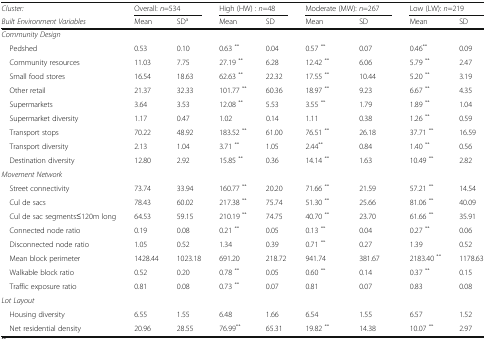
<table><thead><tr><td><b><i>Cluster:</i></b></td><td colspan="2"><b>Overall: <i>n</i>=534</b></td><td colspan="2"><b>High (HW) : <i>n</i>=48</b></td><td colspan="2"><b>Moderate (MW): <i>n</i>=267</b></td><td colspan="2"><b>Low (LW): <i>n</i>=219</b></td></tr><tr><td><b><i>Built Environment Variables</i></b></td><td><b>Mean</b></td><td><b>SD<sup>a</sup></b></td><td><b>Mean</b></td><td><b>SD</b></td><td><b>Mean</b></td><td><b>SD</b></td><td><b>Mean</b></td><td><b>SD</b></td></tr></thead><tbody><tr><td colspan="9"><i>Community Design</i></td></tr><tr><td> Pedshed</td><td>0.53</td><td>0.10</td><td>0.63 <sup>**</sup></td><td>0.04</td><td>0.57 <sup>**</sup></td><td>0.07</td><td>0.46<sup>**</sup></td><td>0.09</td></tr><tr><td> Community resources</td><td>11.03</td><td>7.75</td><td>27.19 <sup>**</sup></td><td>6.28</td><td>12.42 <sup>**</sup></td><td>6.06</td><td>5.79 <sup>**</sup></td><td>2.47</td></tr><tr><td> Small food stores</td><td>16.54</td><td>18.63</td><td>62.63 <sup>**</sup></td><td>22.32</td><td>17.55 <sup>**</sup></td><td>10.44</td><td>5.20 <sup>**</sup></td><td>3.19</td></tr><tr><td> Other retail</td><td>21.37</td><td>32.33</td><td>101.77 <sup>**</sup></td><td>60.36</td><td>18.97 <sup>**</sup></td><td>9.23</td><td>6.67 <sup>**</sup></td><td>4.35</td></tr><tr><td> Supermarkets</td><td>3.64</td><td>3.53</td><td>12.08 <sup>**</sup></td><td>5.53</td><td>3.55 <sup>**</sup></td><td>1.79</td><td>1.89 <sup>**</sup></td><td>1.04</td></tr><tr><td> Supermarket diversity</td><td>1.17</td><td>0.47</td><td>1.02</td><td>0.14</td><td>1.11</td><td>0.38</td><td>1.26 <sup>**</sup></td><td>0.59</td></tr><tr><td> Transport stops</td><td>70.22</td><td>48.92</td><td>183.52 <sup>**</sup></td><td>61.00</td><td>76.51 <sup>**</sup></td><td>26.18</td><td>37.71 <sup>**</sup></td><td>16.59</td></tr><tr><td> Transport diversity</td><td>2.13</td><td>1.04</td><td>3.71 <sup>**</sup></td><td>1.05</td><td>2.44<sup>**</sup></td><td>0.84</td><td>1.40 <sup>**</sup></td><td>0.56</td></tr><tr><td> Destination diversity</td><td>12.80</td><td>2.92</td><td>15.85 <sup>**</sup></td><td>0.36</td><td>14.14 <sup>**</sup></td><td>1.63</td><td>10.49 <sup>**</sup></td><td>2.82</td></tr><tr><td colspan="9"><i>Movement Network</i></td></tr><tr><td> Street connectivity</td><td>73.74</td><td>33.94</td><td>160.77 <sup>**</sup></td><td>20.20</td><td>71.66 <sup>**</sup></td><td>21.59</td><td>57.21 <sup>**</sup></td><td>14.54</td></tr><tr><td> Cul de sacs</td><td>78.43</td><td>60.02</td><td>217.38 <sup>**</sup></td><td>75.74</td><td>51.30 <sup>**</sup></td><td>25.66</td><td>81.06 <sup>**</sup></td><td>40.09</td></tr><tr><td> Cul de sac segments≤120m long</td><td>64.53</td><td>59.15</td><td>210.19 <sup>**</sup></td><td>74.75</td><td>40.70 <sup>**</sup></td><td>23.70</td><td>61.66 <sup>**</sup></td><td>35.91</td></tr><tr><td> Connected node ratio</td><td>0.19</td><td>0.08</td><td>0.21 <sup>**</sup></td><td>0.05</td><td>0.13 <sup>**</sup></td><td>0.04</td><td>0.27 <sup>**</sup></td><td>0.06</td></tr><tr><td> Disconnected node ratio</td><td>1.05</td><td>0.52</td><td>1.34</td><td>0.39</td><td>0.71 <sup>**</sup></td><td>0.27</td><td>1.39</td><td>0.52</td></tr><tr><td> Mean block perimeter</td><td>1428.44</td><td>1023.18</td><td>691.20</td><td>218.72</td><td>941.74</td><td>381.67</td><td>2183.40 <sup>**</sup></td><td>1178.63</td></tr><tr><td> Walkable block ratio</td><td>0.52</td><td>0.20</td><td>0.78 <sup>**</sup></td><td>0.05</td><td>0.60 <sup>**</sup></td><td>0.14</td><td>0.37 <sup>**</sup></td><td>0.15</td></tr><tr><td> Traffic exposure ratio</td><td>0.81</td><td>0.08</td><td>0.73 <sup>**</sup></td><td>0.07</td><td>0.81</td><td>0.07</td><td>0.83</td><td>0.08</td></tr><tr><td colspan="9"><i>Lot Layout</i></td></tr><tr><td> Housing diversity</td><td>6.55</td><td>1.55</td><td>6.48</td><td>1.66</td><td>6.54</td><td>1.55</td><td>6.57</td><td>1.52</td></tr><tr><td> Net residential density</td><td>20.96</td><td>28.55</td><td>76.99<sup>**</sup></td><td>65.31</td><td>19.82 <sup>**</sup></td><td>14.38</td><td>10.07 <sup>**</sup></td><td>2.97</td></tr></tbody></table>